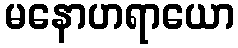
မနောဟရာယော